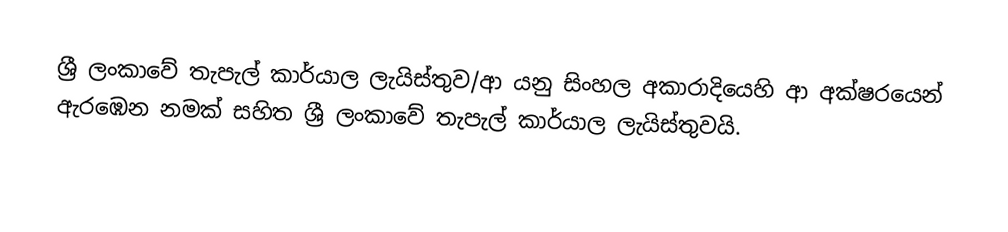
ශ්‍රී ලංකාවේ තැපැල් කාර්යාල ලැයිස්තුව/ආ යනු සිංහල අකාරාදියෙහි ආ අක්ෂරයෙන් ඇරඹෙන නමක් සහිත ශ්‍රී ලංකාවේ තැපැල් කාර්යාල ලැයිස්තුවයි.